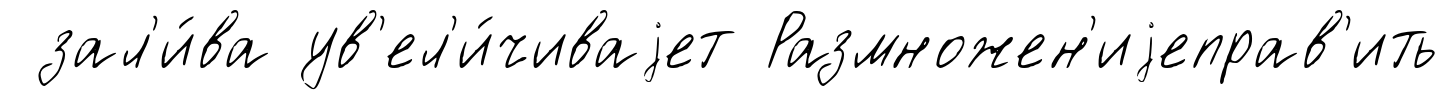
зал'и́ва ув'ел'и́чиваjет Размножен'иjеправ'ить